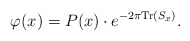
\begin{align*}\varphi(x) = P(x) \cdot e^{-2\pi{\rm Tr}(S_x)}. \end{align*}